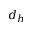
d _ { h }